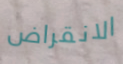
الانقراض